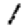
Digit: 1